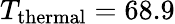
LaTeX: T_{\mathrm{thermal}}=68.9